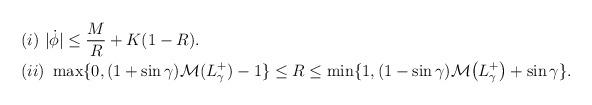
LaTeX: \begin{align*}\begin{aligned} & (i)~|\dot\phi | \leq \frac{M}{R} + K(1-R). \\& (ii)~\max \{ 0, (1 + \sin \gamma ) {\mathcal M}(L^+_{\gamma}) - 1 \} \leq R \leq \min\{1, (1-\sin\gamma) {\mathcal M} \big(L^+_\gamma \big) + \sin \gamma\}. \end{aligned}\end{align*}